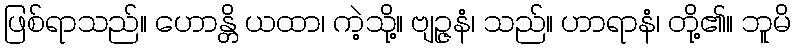
ဖြစ်ရာသည်။ ဟောန္တိ ယထာ၊ ကဲ့သို့။ ဗျဉ္ဇနံ၊ သည်။ ဟာရာနံ၊ တို့၏။ ဘူမိ